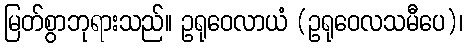
မြတ်စွာဘုရားသည်။ ဥရုဝေလာယံ (ဥရုဝေလသမီပေ)၊